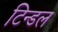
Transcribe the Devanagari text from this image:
टिन्डल